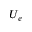
U _ { e }